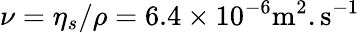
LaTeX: \nu=\eta_{s}/\rho=6.4\times 10^{-6}\mathrm{{m}^{2}.\mathrm{{s}^{-1}}}